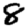
Digit: 8